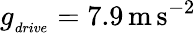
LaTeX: g_{_{drive}}=7.9\, \mathrm{{m\, s^{-2}}}